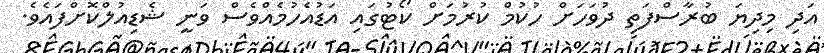
އަދި މިދިޔަ ބުރާސްފަތި ދުވަހަށް ހުކުމް ކުރުމަށް ކޯޓުގައި އަޑުއެހުމެއްވެސް ވަނީ ޝެޑިއުލްކޮށްފައެވެ.